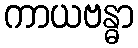
ကာယဗန္ဓာ